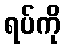
ရပ်ကို